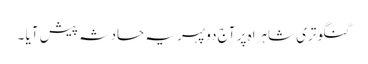
گنگوتری شاہراہ پر آج دوپہر یہ حادثہ پیش آیا ۔